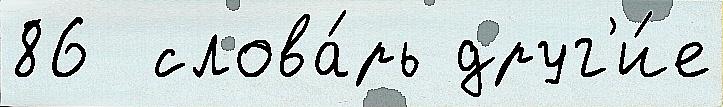
86  слова́рь друг'и́е